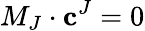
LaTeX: M_{J}\cdot\mathbf{c}^{J}=0